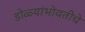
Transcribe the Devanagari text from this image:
डोळ्यांभोवतीचे